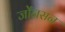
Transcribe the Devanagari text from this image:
जोँनसन